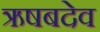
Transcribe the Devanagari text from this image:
ऋषबदेव